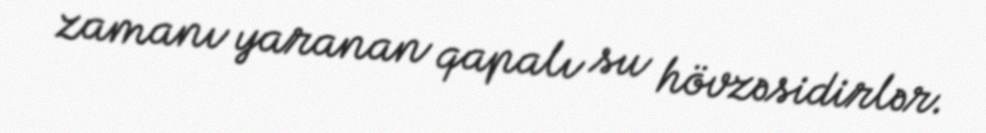
zamanı yaranan qapalı su hövzəsidirlər.